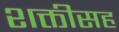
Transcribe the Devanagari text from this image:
शक्तीसह